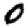
Digit: 0